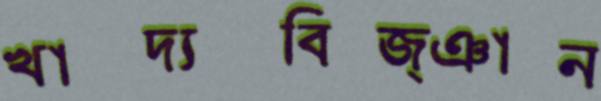
খাদ্যবিজ্ঞান